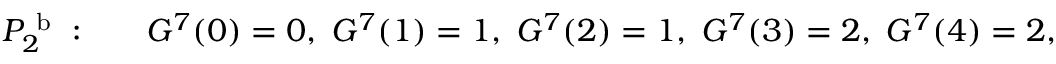
\begin{array} { r l } { P _ { 2 } ^ { \mathrm { ~ b ~ } } : \quad } & { { } G ^ { 7 } ( 0 ) = 0 , \; G ^ { 7 } ( 1 ) = 1 , \; G ^ { 7 } ( 2 ) = 1 , \; G ^ { 7 } ( 3 ) = 2 , \; G ^ { 7 } ( 4 ) = 2 , } \end{array}